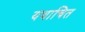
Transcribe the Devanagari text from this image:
यथाचित